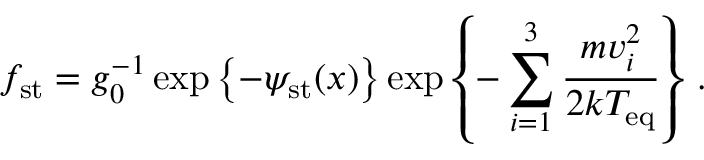
f _ { \mathrm { s t } } = g _ { 0 } ^ { - 1 } \exp \left\{ - \psi _ { \mathrm { s t } } ( \boldsymbol { x } ) \right\} \exp \left\{ - \sum _ { i = 1 } ^ { 3 } \frac { m v _ { i } ^ { 2 } } { 2 k T _ { \mathrm { e q } } } \right\} \, .